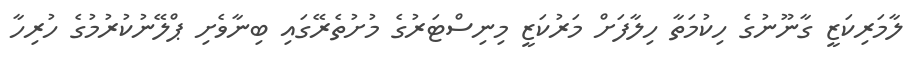
ލާމަރިކަޒީ ގާނޫނުގެ ހިކުމަތާ ހިލާފަށް މަރުކަޒީ މިިނިސްޓަރުގެ މުށުތެރޭގައި ބިނާވެށި ޕްލޭނުކުރުމުގެ ހުރިހާ